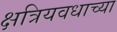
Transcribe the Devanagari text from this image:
क्षत्रियवधाच्या